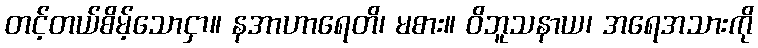
တင့်တယ်စိမ့်သောငှာ။ နအာဟာရေတိ၊ မစား။ ဝိဘူသနာယ၊ အရေအသားကို